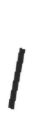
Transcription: I